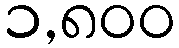
၁,၈၀၀